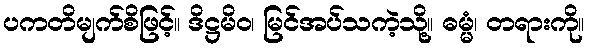
ပကတိမျက်စိဖြင့်။ ဒိဋ္ဌမိဝ၊ မြင်အပ်သကဲ့သို့။ ဓမ္မံ၊ တရားကို။